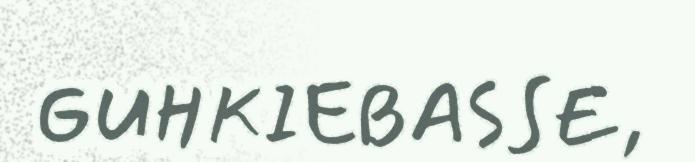
GUHKIEBASSE,